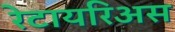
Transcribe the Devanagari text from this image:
रेटायरिअस